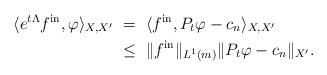
LaTeX: \begin{align*}\langle e^{t\Lambda}f^\mathrm{in},\varphi\rangle_{X,X'} \ & = \ \langle f^\mathrm{in},P_t\varphi-c_n\rangle_{X,X'}\\& \leq \ \|f^\mathrm{in}\|_{L^1(m)} \|P_t\varphi-c_n\|_{X'}.\end{align*}